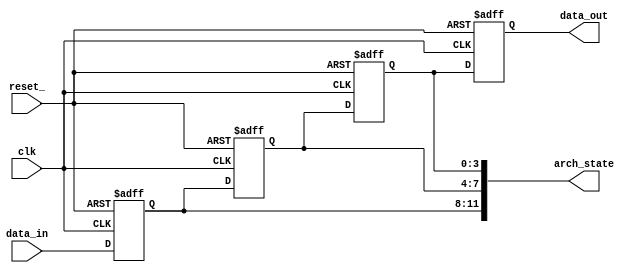
//arch_state
module as(data_in, data_out, arch_state, clk, reset_);
    parameter DATA_WIDTH=4;
    input [DATA_WIDTH-1:0]data_in;
    input clk, reset_;
    output [DATA_WIDTH-1:0]data_out;
    output [3*DATA_WIDTH-1:0] arch_state;
    
    reg [DATA_WIDTH-1:0] data_out;
    reg [DATA_WIDTH-1:0] reg0, reg1, reg2;
    wire [3*DATA_WIDTH-1:0] arch_state;
    
    assign arch_state={reg0, reg1, reg2};
    
    always@(posedge clk or negedge reset_) begin
        if(!reset_) begin
            reg0<=0;
            reg1<=0;
            reg2<=0;
            data_out<=0;
        end
        else begin
            reg0<=data_in;
            reg1<=reg0;
            reg2<=reg1;
            data_out<=reg2;
        end
    end
endmodule

//testbench
module tb_as();
    parameter DATA_WIDTH=4;
    parameter PERIOD=10;
    
    reg [DATA_WIDTH-1:0]data_in;
    reg clk, reset_;
    wire [DATA_WIDTH-1:0]data_out;
    wire [3*DATA_WIDTH-1:0] arch_state; 
    
    as DUT_as(data_in, data_out, arch_state, clk, reset_);
    
    initial begin
        clk=0;
        reset_=1;
        data_in=0;
        #6;
        reset_=0;
        #5;
        reset_=1;
        #10;
        data_in=2;
        #10;
        data_in=12;
        #10;
        data_in=10;
        #10;
        data_in=15;
    end
    always#(PERIOD/2) begin clk=~clk; end
endmodule